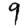
Digit: 9